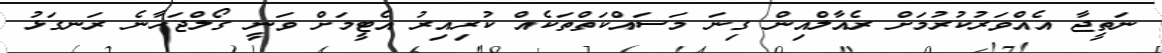
ނަތީޖާ އެއްވަރުކުރުމަށް ރެއާލްއިން ގިނަ މަސައްކަތްތަކެއް ކުރިއިރު އެޓީމަށް ވަނީ ގޯލްޖަހާނެ ރަނގަޅު